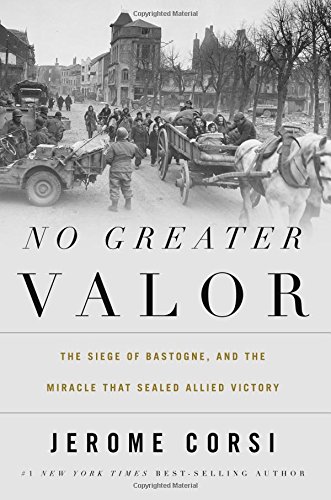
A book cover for No Greater Valor: The Siege of Bastogne and the Miracle That Sealed Allied Victory; Jerome Corsi; History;